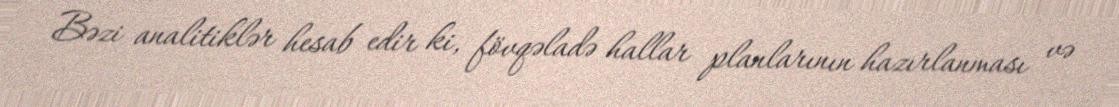
Bəzi analitiklər hesab edir ki, fövqəladə hallar planlarının hazırlanması və